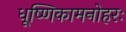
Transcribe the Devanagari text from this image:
धूष्णिकामनोहरः